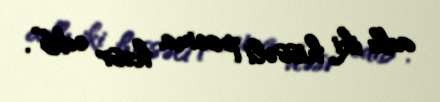
adlı iki hissəli poema həsr edib”.